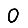
Digit: 0